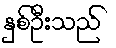
နှစ်ဦးသည်